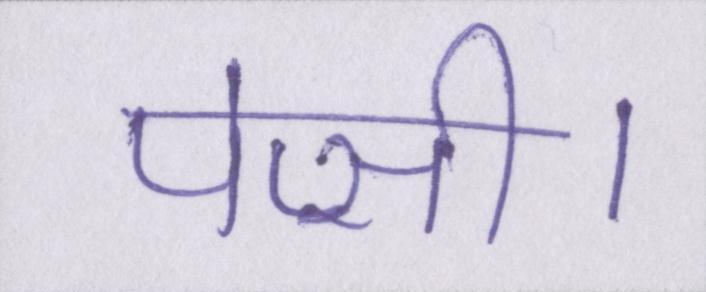
पेप्सी।